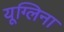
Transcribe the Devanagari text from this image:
यूग्लिना